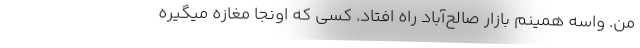
من. واسه همینم بازار صالح‌آباد راه افتاد. کسی که اونجا مغازه میگیره